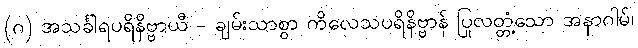
(ဂ) အသင်္ခါရပရိနိဗ္ဗာယီ - ချမ်းသာစွာ ကိလေသပရိနိဗ္ဗာန် ပြုလတ္တံ့သော အနာဂါမ်၊